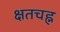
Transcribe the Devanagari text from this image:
क्षतचह्न